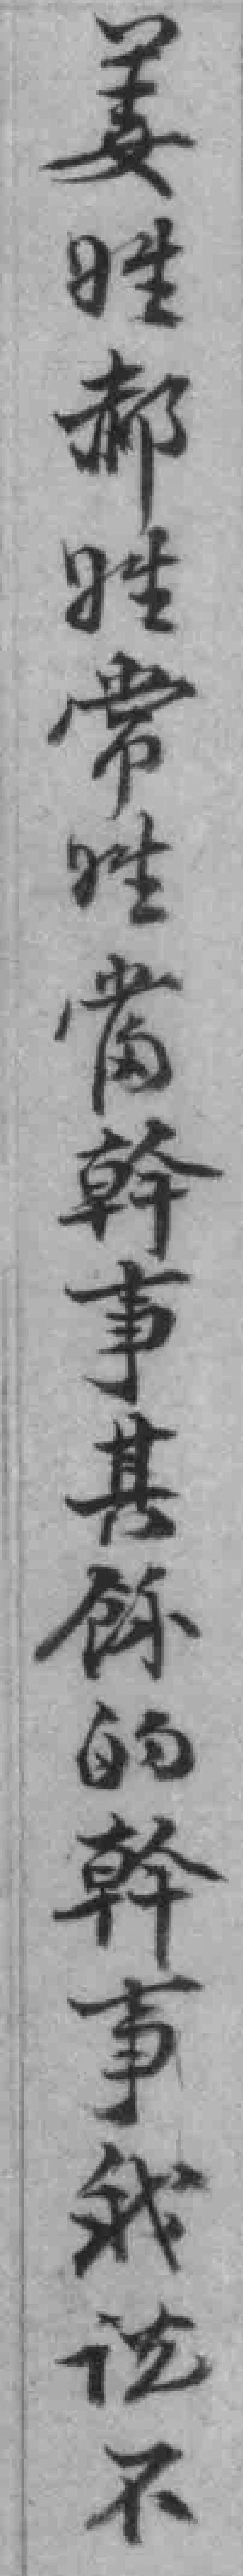
姜姓郝姓常姓當幹事其餘的幹事我说不